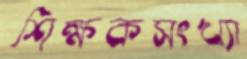
শিক্ষকসংখ্যা